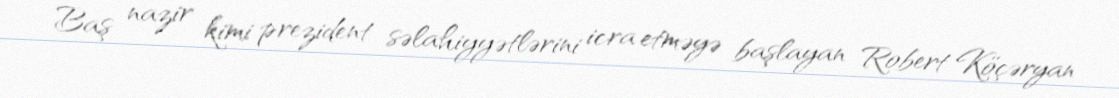
Baş nazir kimi prezident səlahiyyətlərini icra etməyə başlayan Robert Köçəryan